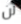
لن